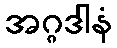
အဂ္ဂဒါနံ